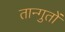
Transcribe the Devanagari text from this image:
तान्गुतों